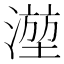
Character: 𬈮